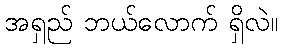
အရှည် ဘယ်လောက် ရှိလဲ။